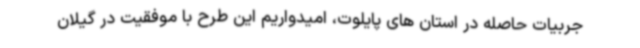
جربیات حاصله در استان های پایلوت، امیدواریم این طرح با موفقیت در گیلان